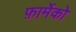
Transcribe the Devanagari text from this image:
फ़ार्मेको